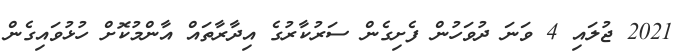
2021 ޖުލައި 4 ވަނަ ދުވަހުން ފެށިގެން ސަރުކާރުގެ އިދާރާތައް އާންމުކޮށް ހުޅުވައިގެން